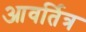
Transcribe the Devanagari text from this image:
आवर्तित्र